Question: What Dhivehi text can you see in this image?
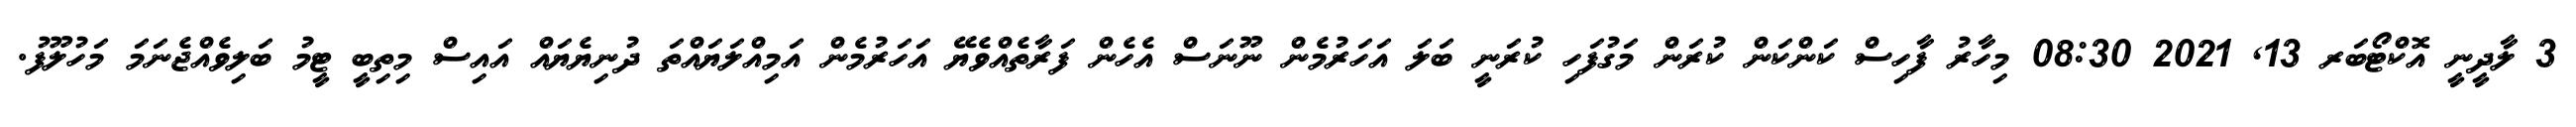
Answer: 3 ލާދީނީ އޮކްޓޯބަރ 13, 2021 08:30 މިހާރު ފާހިސް ކަންކަން ކުރަން މަގުފަހި ކުރަނީ ބަލަ އަހަރުމެން ނޫނަސް އެހެން ފަރާތެއްވެޔޭ އަހަރުމެން އަމިއްލަޔައްތަ ދުނިޔެޔައް އައިސް މިތިބީ ޓީމު ބަލިވެއްޖެނަމަ މަހުލޫފު.